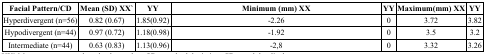
| Facial Pattern/CD | Mean (SD) XX` | <COLSPAN=2> YY | Minimum (mm) XX | <COLSPAN=2> YY | Maximum(mm) XX | <COLSPAN=2> YY |
 | --- | --- | --- | --- | --- | --- | --- | --- | --- | --- |
 | Hyperdivergent (n=56) | 0.82 (0.67) | 1.85(0.92) | <COLSPAN=2> -2.26 | <COLSPAN=2> 0 | <COLSPAN=2> 3.72 | 3.82 |
 | Hypodivergent (n=44) | 0.97 (0.72) | 1.18(0.98) | <COLSPAN=2> -1.92 | <COLSPAN=2> 0 | <COLSPAN=2> 3.5 | 3.2 |
 | Intermediate (n=44) | 0.63 (0.83) | 1.13(0.96) | <COLSPAN=2> -2,8 | <COLSPAN=2> 0 | <COLSPAN=2> 3.32 | 3.26 |